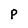
Character: P